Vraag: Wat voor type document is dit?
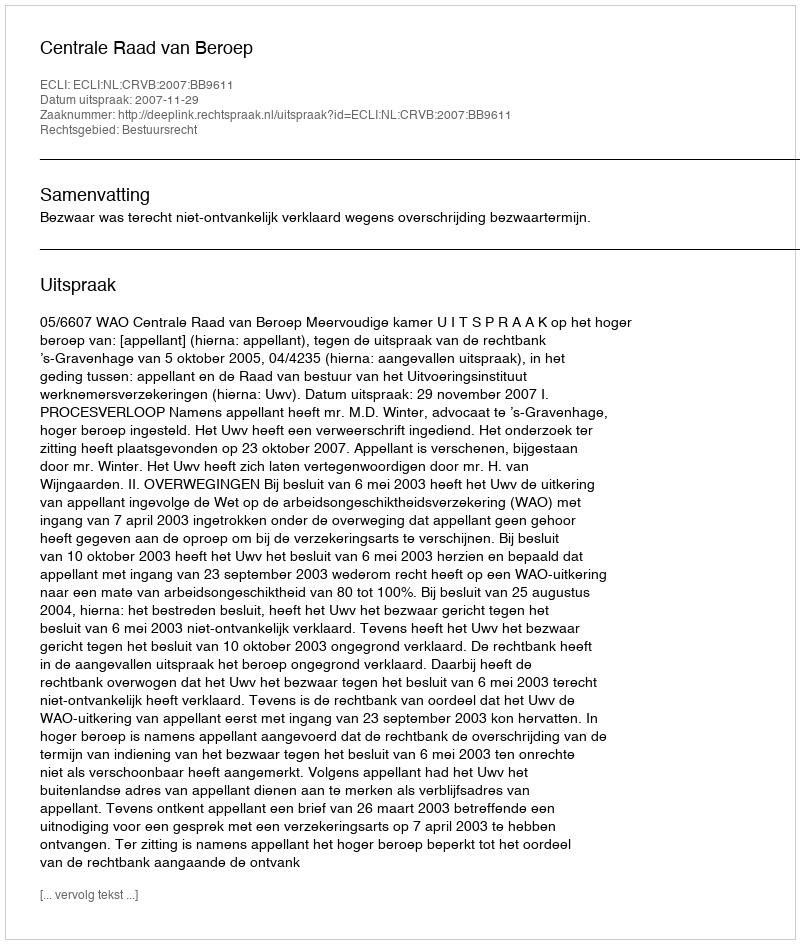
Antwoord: Uitspraak